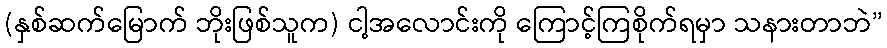
(နှစ်ဆက်မြောက် ဘိုးဖြစ်သူက) ငါ့အလောင်းကို ကြောင့်ကြစိုက်ရမှာ သနားတာဘဲ”